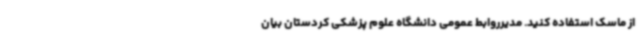
از ماسک استفاده کنید. مدیرروابط عمومی دانشگاه علوم پزشکی کردستان بیان